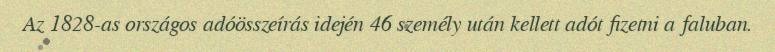
Az 1828-as országos adóösszeírás idején 46 személy után kellett adót fizetni a faluban.